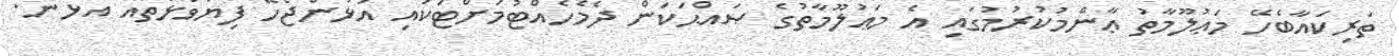
ތަރިކައާބެހޭ މަޢުލޫމާތު ޢާންމުކުރުމުގައި އެ މަޢުލޫމާތުގެ ޞައްޙަކަން ދެމެހެއްޓުމަށްޓަކައި އަޅަންޖެހޭ ފިޔަވަޅުތައް އެޅުން.